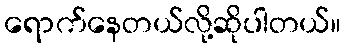
ရောက်နေတယ်လို့ဆိုပါတယ်။